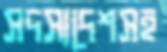
সদস্যদেশসহ